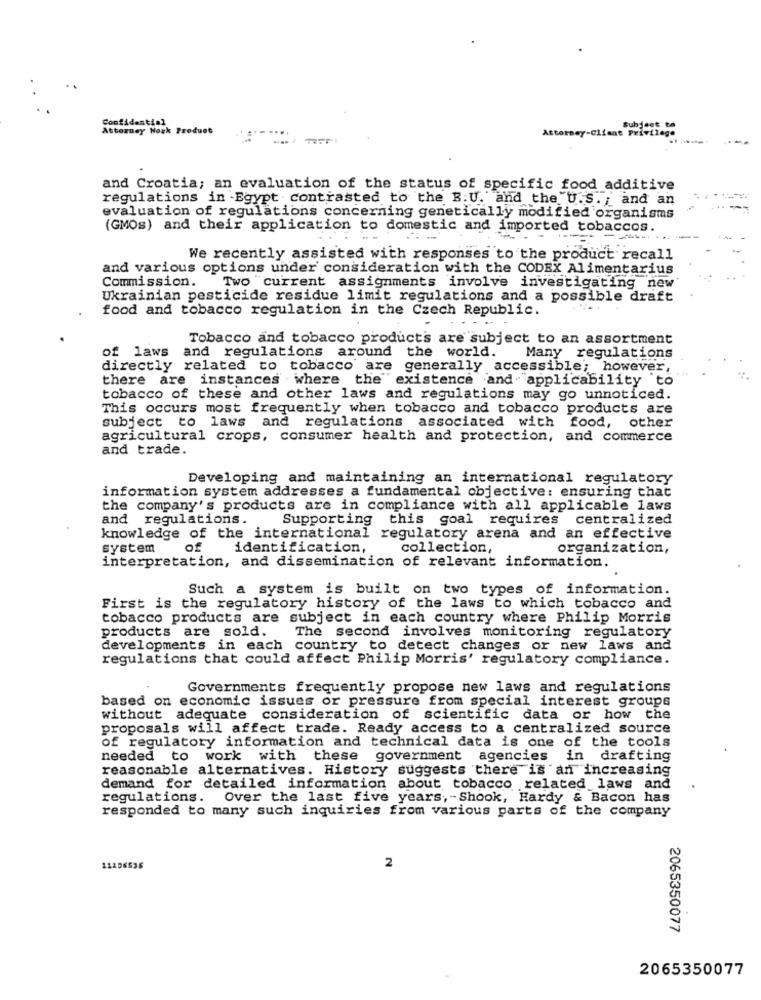
Subject to
Confidential
Attorney Work Product
Attorney-Client Privilege
and Croatia; an evaluation of the status of specific food additive
regulations in Egypt contrasted to the B.U. and the U.S. ; and an
evaluation of regulations concerning genetically modified organisms
(GMOs) and their application to domestic and imported tobaccos.
We recently assisted with responses to the product recall
and various options under consideration with the CODEX Alimentarius
Commission.
Two "current assignments involve investigating new
Ukrainian pesticide residue limit regulations and a possible draft
food and tobacco regulation in the Czech Republic.
Tobacco and tobacco products are subject to an assortment
of laws
and regulations around the world.
Many regulations
directly related to tobacco are generally accessible; however,
there are instances where the existence and "applicability to
tobacco of these and other laws and regulations may go unnoticed.
This occurs most frequently when tobacco and tobacco products are
subject to laws and regulations associated with food, other
agricultural crops, consumer health and protection, and commerce
and trade.
Developing and maintaining an international regulatory
information system addresses a fundamental objective: ensuring that
the company's products are in compliance with all applicable laws
and regulations.
Supporting this goal requires centralized
knowledge of the international regulatory arena and an effective
system
of
identification,
collection,
organization,
interpretation, and dissemination of relevant information.
Such a system is built on two types of information.
First is the regulatory history of the laws to which tobacco and
tobacco products are subject in each country where Philip Morris
products are sold.
The second involves monitoring regulatory
developments in each country to detect changes or new laws and
regulations that could affect Philip Morris' regulatory compliance.
Governments frequently propose new laws and regulations
based on economic issues or pressure from special interest groups
without adequate consideration of scientific data or how the
proposals will affect trade. Ready access to a centralized source
of regulatory information and technical data is one of the tools
needed to work with these government agencies in drafting
reasonable alternatives. History suggests there is an increasing
demand for detailed information about tobacco related laws and
regulations. Over the last five years, - Shook, Hardy & Bacon has
responded to many such inquiries from various parts of the company
11106535
2
2065350077
2065350077